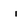
Character: I